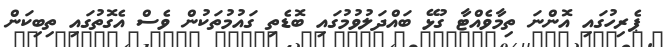
ޕެރިހުގައި އޮންނަ ތިމާވެއްޓާ ގުޅޭ ބައްދަލުވުމުގައި ބޮޑެތި ގައުމުތަކުން ވެސް އެގޮތުގައި ތިބިކަން